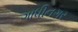
ગાધીનગર